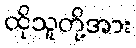
ထိုသူတို့အား